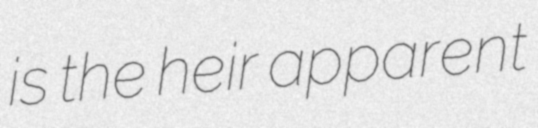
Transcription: is the heir apparent